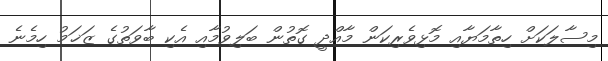
މިސާލަކަށް ހިތާމަޔާއި މޮޅިވެރިކަން މާއްދީ ގޮތުން ބަލިވުމާއި އެކި ބާވަތުގެ ޒަޚަމު ހިމެނެ